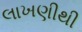
લાખણીથી